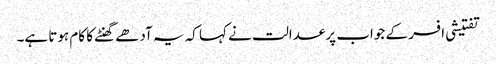
تفتیشی افسر کے جواب پر عدالت نے کہا کہ یہ آدھے گھنٹے کا کام ہوتا ہے۔